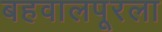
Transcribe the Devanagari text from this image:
बहवालपूरला